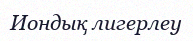
Иондық лигерлеу